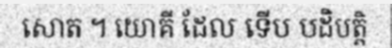
សោត ។ យោគី ដែល ទើប បដិបត្តិ